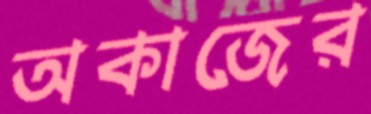
অকাজের